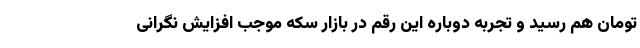
تومان هم رسید و تجربه دوباره این رقم در بازار سکه موجب افزایش نگرانی